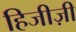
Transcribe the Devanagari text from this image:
हिजीज़ी